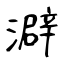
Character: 澼